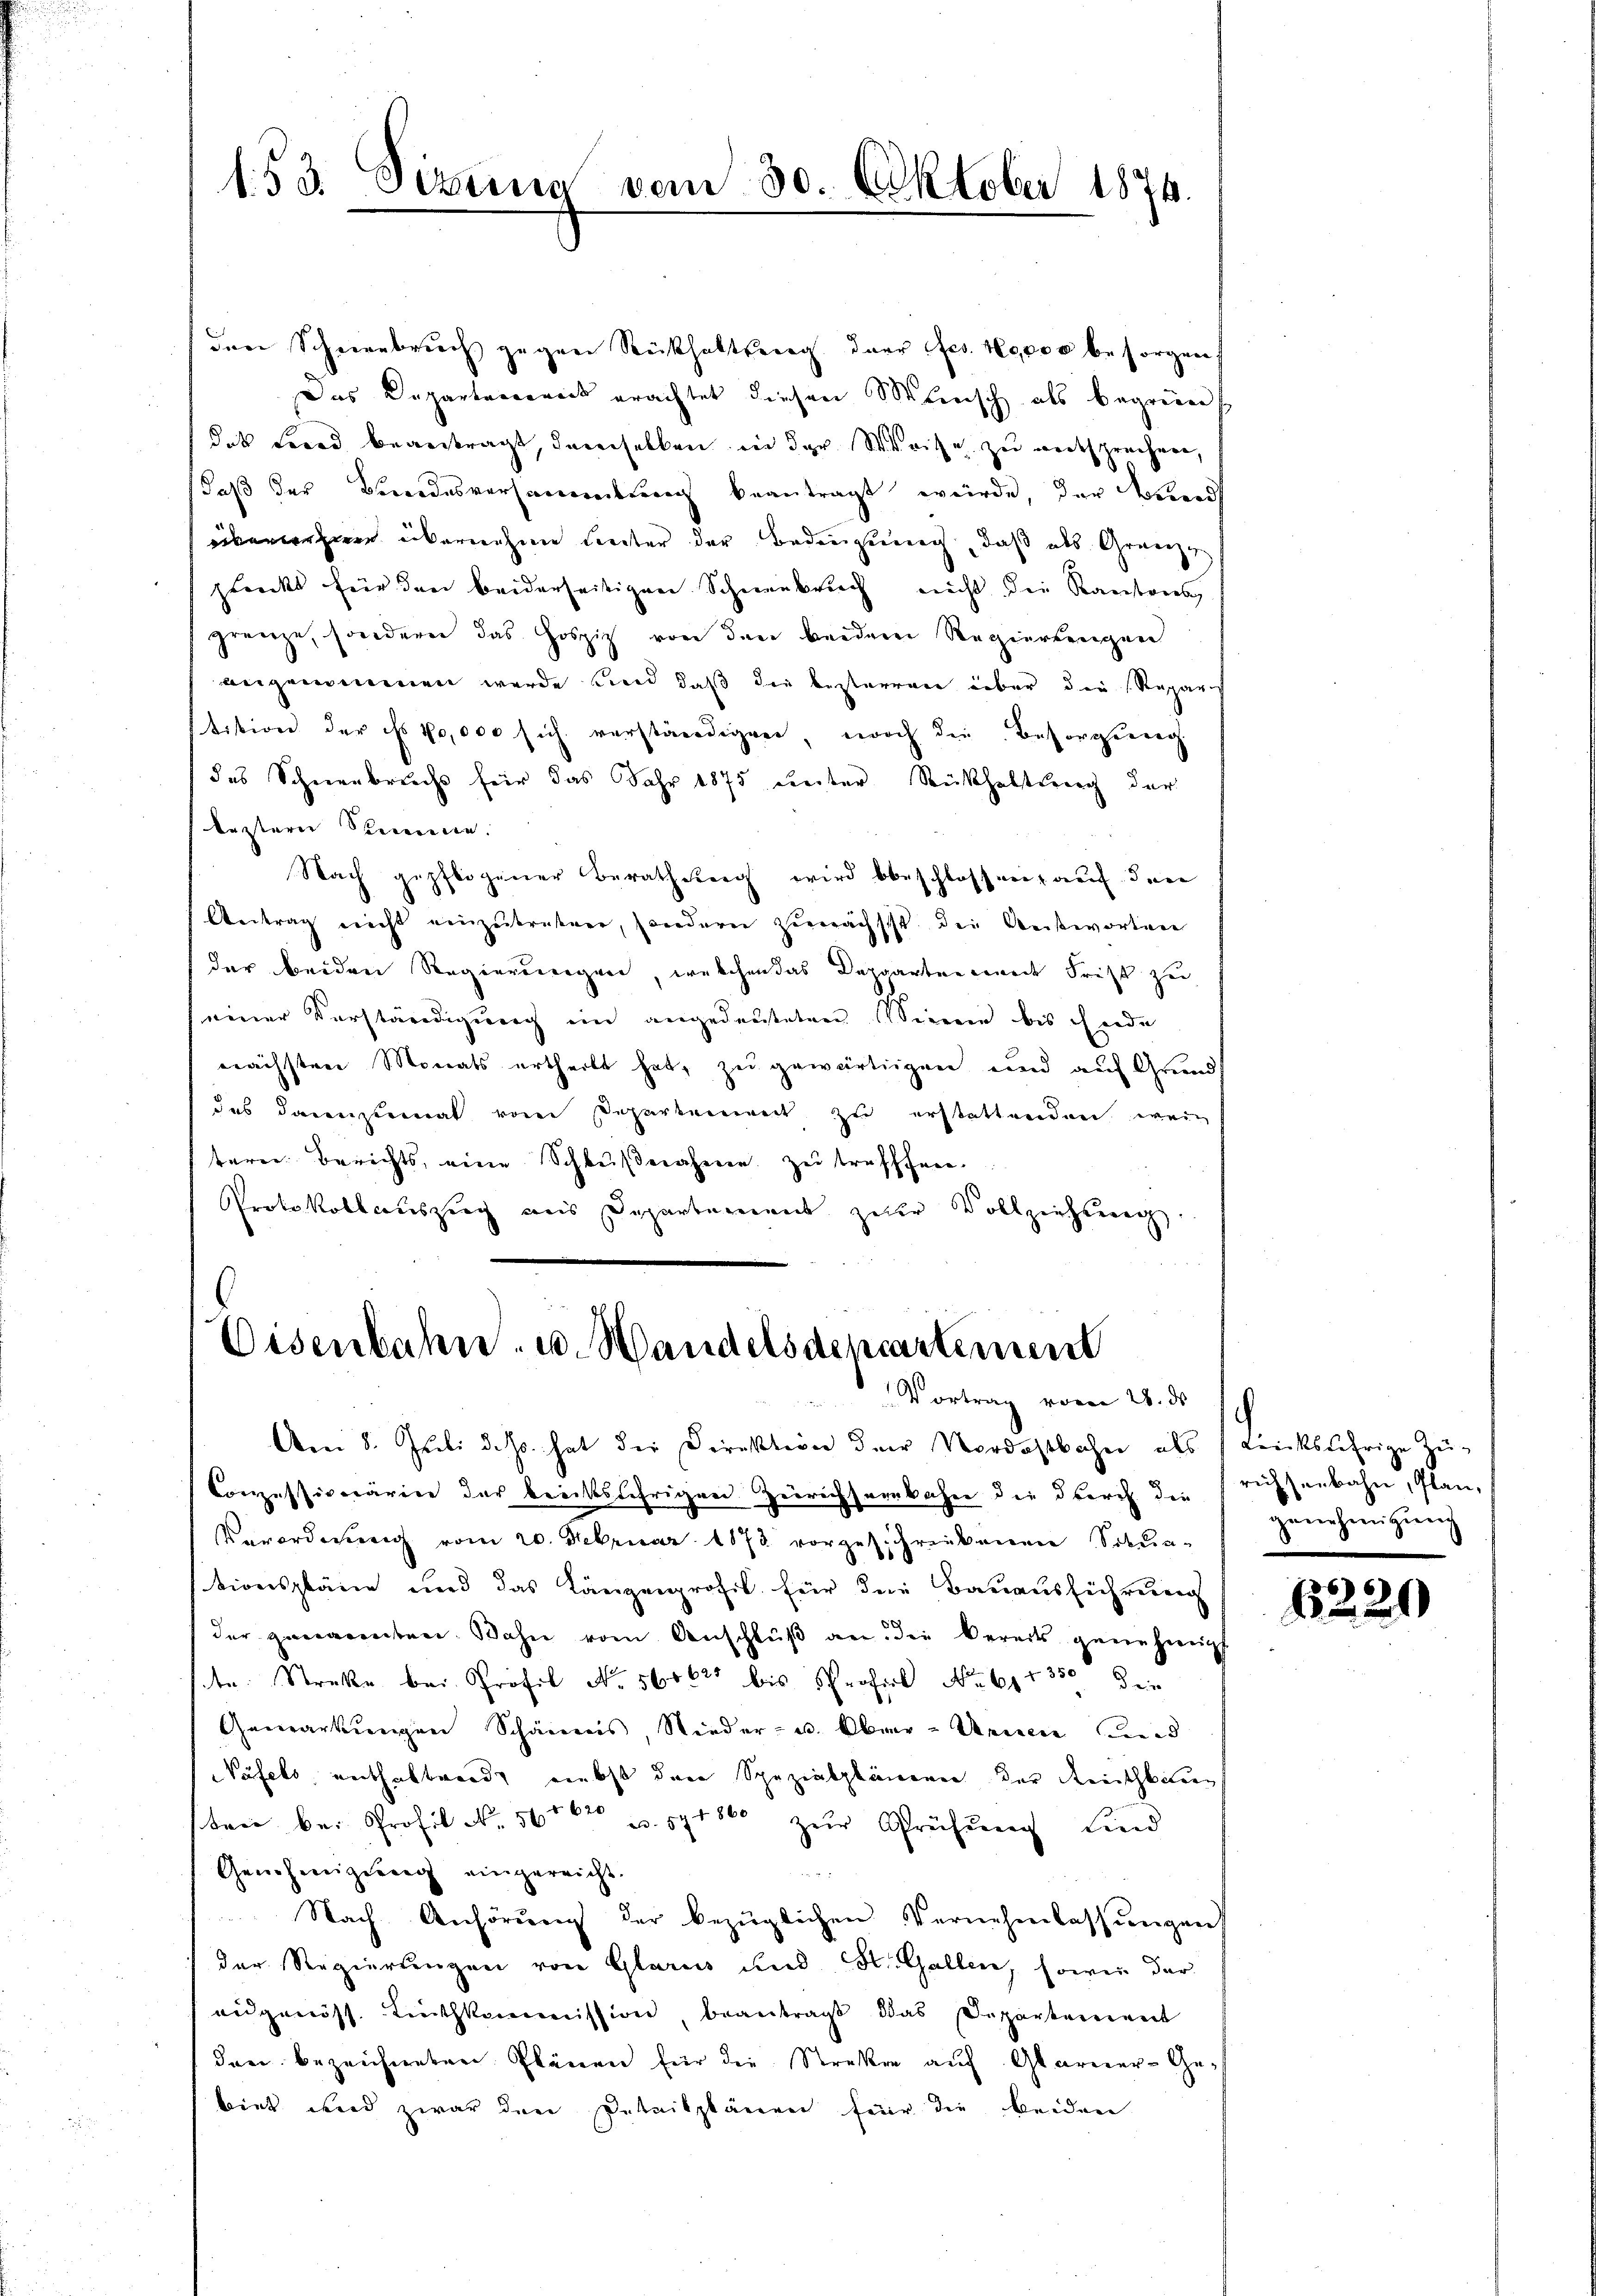
153. Sizinia vom 30. Oktober 1874.

den Schneebruch gegen Rückhaltung der Jes. Hopoo besorgen
Das Departerrens erachtet diesen Minisch als begrünet
das Frend beantragt, demselben in der Weise zu entsprechen,
daß der Bundesversammlung beantragt würde, der Wand
überwähnen übernahme Leiter der Bedeugung, daß als Gränzzwecks für den beiderseitigen Schneebruch nicht die Kantons
grenze, sondern das Hospiz von den beidem Regierungen
angenommen werde und daß die besterren über die Repart
stition der es 10,000 sich verständigen, noch die Besorgung
das Schneebruchs für das Jahr 1875 unter Rückhaltung der
leztern Steien.
Nach gepflogener Berathung wird beschlossen, auf der
Antrag nicht einzŭtreten, sondern zŭnächst die Antworten
der beiden Regierungen, welchen das Departen wiede Frist zu
seiner Verständigung im angedeuteten Sinnen bis Ende
nächsten Monats ertheilt hat, zu gewärtigen und auf Grund
das dannzumal von Departement zu erstattenden weiterer Berichts, eine Schlußnahmen zu trafffen.
Protokollauszug aus Departement zur Vollziehung
¬

Eisenbahn u. Handelsdencartement
Vortrag vom 28. ds s

Am 8. Juli d. Js. hat die Direktion der Nordostbahn als Leckbährige Zü¬
Conzessionärier der beichtsährigen Zürichsarnkahn die durch die richsenbahn, Plan,
Verordnung vom 20. Februar 1873 vorgeschriebenen Schun-
tionspläne und das Längenprofil für die Bauausführung
der genannten Bahn vom Anschlŭβ an die bereits genehmig
str. Streke bei Profil No 56002 bis Profil No 611350, Dein
Gemarkungen Schännis, Nieder- u. Ober-Armen und
Täfels, enthaltnerdt nebst den Spezialplänen der Reichbaus
ten bei Profil N. 560 u. 171860 zur Prüfung sind
Genehmigung eingereicht.

Nach Anhörung der bezüglichen Vernehmlassungen
der Regierungen von Glarus und St. Gallen, sowie der
eidgenöss. Linthkommission, beantragt das Departement
den bezeichneten Plänen für die Streken auf Glarner-Gebiet wird zwar den Detailplänen für die beiden

zunehmigung

1822.

¬